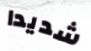
شديدا